Scottish Leaving Certificate Examination, 1956
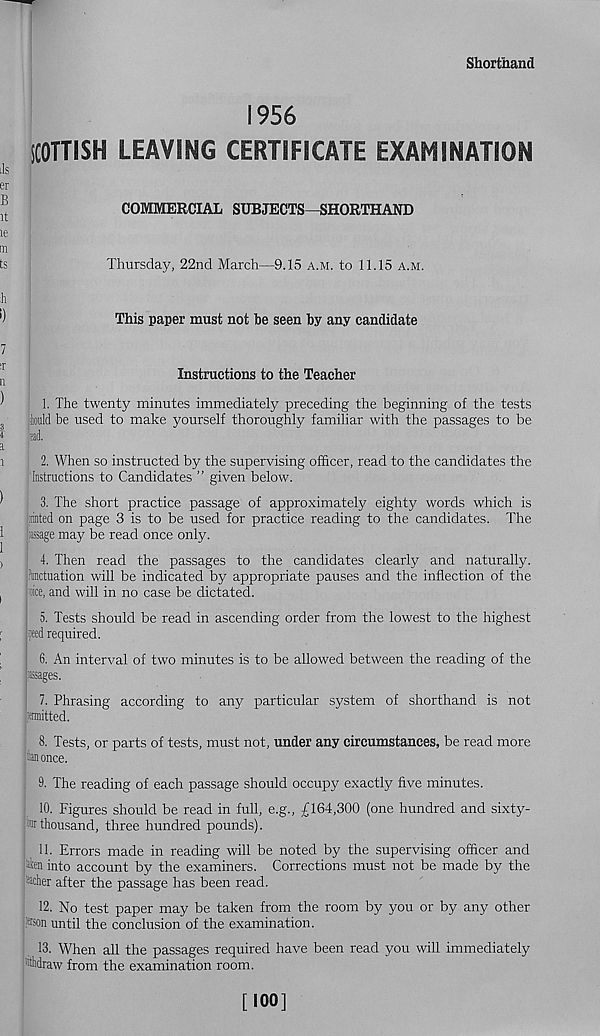
Shorthand
1956
SCOTTISH LEAVING CERTIFICATE EXAMINATION
COMMERCIAL SUBJECTS—SHORTHAND
Thursday, 22nd March—9.15 a.m. to 11.15 a.m.
This paper must not be seen by any candidate
Instructions to the Teacher
1. The twenty minutes immediately preceding the beginning of the tests
iiould be used to make yourself thoroughly familiar with the passages to be
p.
2. When so instructed by the supervising officer, read to the candidates the
Instructions to Candidates ” given below.
3. The short practice passage of approximately eighty words which is
:::nted on page 3 is to be used for practice reading to the candidates. The
issage may be read once only.
4. Then read the passages to the candidates clearly and naturally,
hctuation will be indicated by appropriate pauses and the inflection of the
oice, and will in no case be dictated.
5. Tests should be read in ascending order from the lowest to the highest
feed required.
6. An interval of two minutes is to be allowed between the reading of the
Mages.
7. Phrasing according to any particular system of shorthand is not
piitted.
8. Tests, or parts of tests, must not, under any circumstances, be read more
pin once.
9. The reading of each passage should occupy exactly five minutes.
10. Figures should be read in full, e.g., £164,300 (one hundred and sixty-
thousand, three hundred pounds).
11. Errors made in reading will be noted by the supervising officer and
in into account by the examiners. Corrections must not be made by the
-aeher after the passage has been read.
12. No test paper may be taken from the room by you or by any other
sson until the conclusion of the examination.
13. When all the passages required have been read you will immediately
sfhdraw from the examination room.